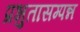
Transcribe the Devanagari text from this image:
प्रभुतासम्पन्न